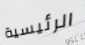
الرئيسية